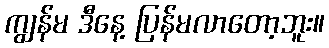
ကျွန်မ ဒီနေ့ ပြန်မလာတော့ဘူး။